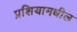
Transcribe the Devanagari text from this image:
प्रशियामधील